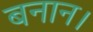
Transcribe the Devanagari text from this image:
बनान।